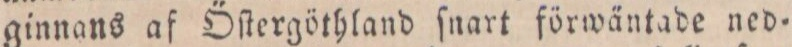
ginnans af Öſtergöthland ſnart förwäntade ned=